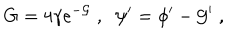
G = 4 \gamma e ^ { - { \cal G } } \; , \; \; \psi ^ { \prime } = \phi ^ { \prime } - { \cal G } ^ { \prime } \; ,